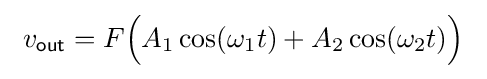
\ v_{\mathsf {out}}=F{\Bigl (}A_{1}\cos(\omega _{1}t)+A_{2}\cos(\omega _{2}t){\Bigr )}\